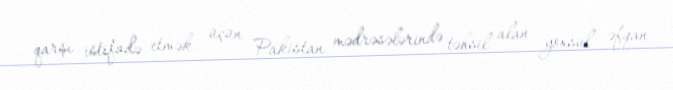
qarşı istifadə etmək üçün Pakistan mədrəsələrində təhsil alan yoxsul əfqan